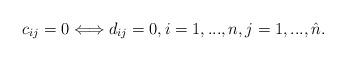
LaTeX: \begin{align*}c_{ij}=0 \Longleftrightarrow d_{ij}=0, i=1,...,n, j=1,...,\hat n. \end{align*}